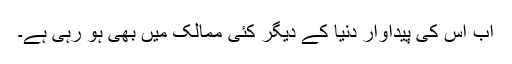
اب اس کی پیداوار دنیا کے دیگر کئی ممالک میں بھی ہو رہی ہے۔